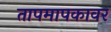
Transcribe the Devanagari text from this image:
तापमापकावर